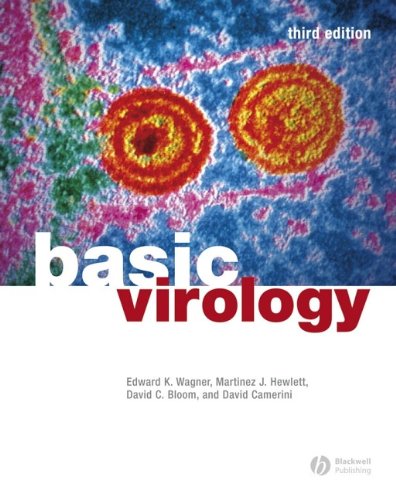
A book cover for Basic Virology; Edward K. Wagner; Medical Books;